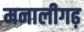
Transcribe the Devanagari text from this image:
मनालीगढ़